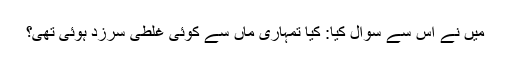
میں نے اس سے سوال کیا: کیا تمہاری ماں سے کوئی غلطی سرزد ہوئی تھی؟